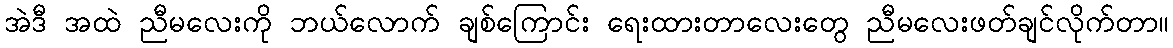
အဲဒီ အထဲ ညီမလေးကို ဘယ်လောက် ချစ်ကြောင်း ရေးထားတာလေးတွေ ညီမလေးဖတ်ချင်လိုက်တာ။